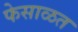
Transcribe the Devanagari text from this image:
फेसाळत